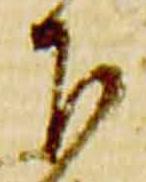
下